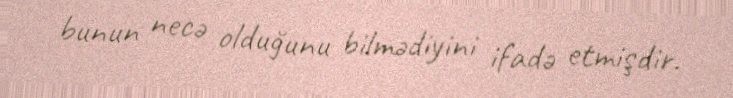
bunun necə olduğunu bilmədiyini ifadə etmişdir.